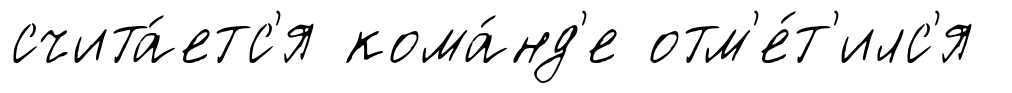
счита́етс'я кома́нд'е отм'е́т'илс'я